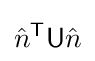
{\hat {n}}^{\mathsf {T}}{\mathsf {U}}{\hat {n}}